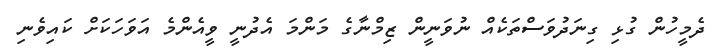
ދެމީހުން ގުޅި ގިނަދުވަސްތަކެއް ނުވަނީން ޒިމްނާގެ މަންމަ އެދުނީ ވީއެންމެ އަވަހަކަށް ކައިވެނި